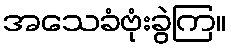
အသေခံဗုံးခွဲကြ။